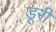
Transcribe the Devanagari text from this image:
डूरी